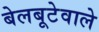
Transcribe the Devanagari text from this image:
बेलबूटेवाले